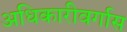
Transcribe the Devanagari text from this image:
अधिकारीवर्गास